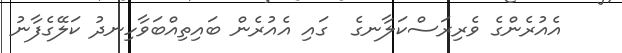
އެއުރެންގެ ވެރިރަސްކަލާނގެ  ގައި އެއުރެން ބައިތިއްބަވާހިނދު ކަލޭގެފާނު